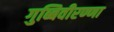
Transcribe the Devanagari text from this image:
गुब्बिवीरण्णा